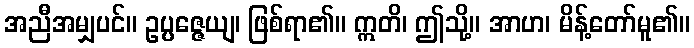
အညီအမျှပင်။ ဥပ္ပဇ္ဇေယျ၊ ဖြစ်ရာ၏။ ဣတိ၊ ဤသို့။ အာဟ၊ မိန့်တော်မူ၏။